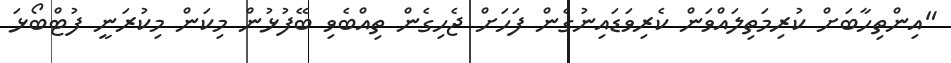
"އިންތިހާބަށް ކުރިމަތިލައްވަން ކެރިވަޑައިނުގެން ފަހަށް ޖެހިގެން ތިއްބެވި ބޭފުޅުން މިކަން މިކުރަނީ ފުޓްބޯޅަ